Indian journal of veterinary science and animal husbandry - Volume 6,
Year: 1936
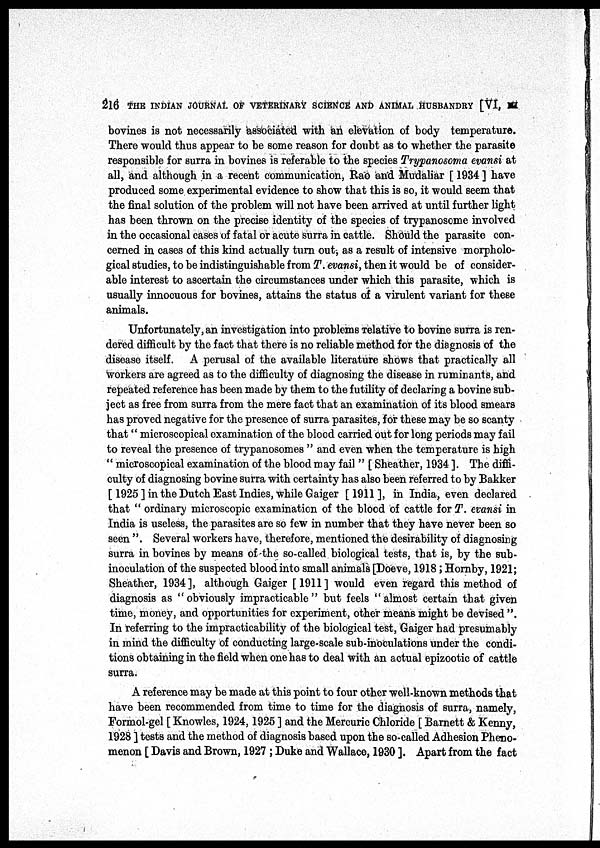
216 THE INDIAN JOURNAL OF VETERINARY SCIENCE AND ANIMAL HUSBANDRY [VI, III
bovines is not necessarily associated with an elevation of body temperature.
There would thus appear to be some reason for doubt as to whether the parasite
responsible for surra in bovines is referable to the species Trypanosoma evansi at
all, and although in a recent communication, Rao and Mudaliar [ 1934 ] have
produced some experimental evidence to show that this is so, it would seem that
the final solution of the problem will not have been arrived at until further light
has been thrown on the precise identity of the species of trypanosome involved
in the occasional cases of fatal or acute surra in cattle. Should the parasite con-
cerned in cases of this kind actually turn out, as a result of intensive morpholo-
gical studies, to be indistinguishable from T. evansi, then it would be of consider-
able interest to ascertain the circumstances under which this parasite, which is
usually innocuous for bovines, attains the status of a virulent variant for these
animals.
Unfortunately, an investigation into problems relative to bovine surra is ren-
dered difficult by the fact that there is no reliable method for the diagnosis of the
disease itself. A perusal of the available literature shows that practically all
workers are agreed as to the difficulty of diagnosing the disease in ruminants, and
repeated reference has been made by them to the futility of declaring a bovine sub-
ject as free from surra from the mere fact that an examination of its blood smears
has proved negative for the presence of surra parasites, for these may be so scanty
that " microscopical examination of the blood carried out for long periods may fail
to reveal the presence of trypanosomes " and even when the temperature is high
" microscopical examination of the blood may fail " [ Sheather, 1934 ]. The diffi-
culty of diagnosing bovine surra with certainty has also been referred to by Bakker
[ 1925 ] in the Dutch East Indies, while Gaiger [ 1911 ], in India, even declared
that " ordinary microscopic examination of the blood of cattle for T. evansi in
India is useless, the parasites are so few in number that they have never been so
seen ". Several workers have, therefore, mentioned the desirability of diagnosing
surra in bovines by means of the so-called biological tests, that is, by the sub-
inoculation of the suspected blood into small animals [Doeve, 1918; Hornby, 1921;
Sheather, 1934], although Gaiger [1911] would even regard this method of
diagnosis as "obviously impracticable" but feels "almost certain that given
time, money, and opportunities for experiment, other means might be devised ".
In referring to the impracticability of the biological test, Gaiger had presumably
in mind the difficulty of conducting large-scale sub-inoculations under the condi-
tions obtaining in the field when one has to deal with an actual epizootic of cattle
surra.
A reference may be made at this point to four other well-known methods that
have been recommended from time to time for the diagnosis of surra, namely,
Formol-gel [ Knowles, 1924, 1925] and the Mercuric Chloride [ Barnett & Kenny,
1928 ] tests and the method of diagnosis based upon the so-called Adhesion Pheno-
menon [ Davis and Brown, 1927 ; Duke and Wallace, 1930 ]. Apart from the fact